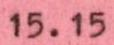
15.15